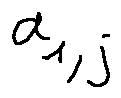
a _ { 1 , j }